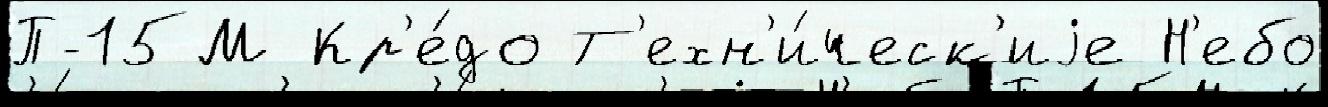
П-15М Кр'е́до Т'ехн'и́ческ'иjе Н'ебо